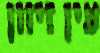
עין זיוון